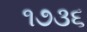
૧૭૩૬